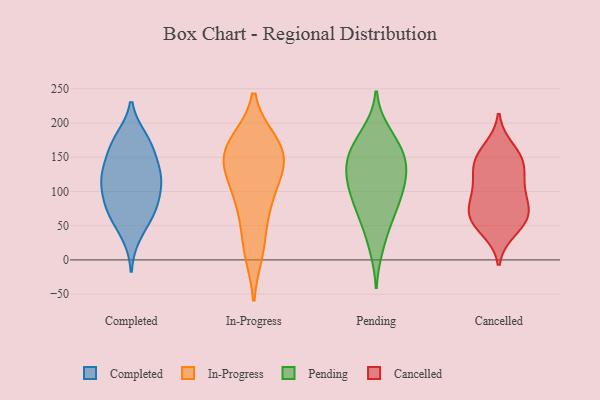
{"axis": {"x": "Satisfaction Score", "y": "Value"}, "legend": ["Cancelled", "Completed", "In-Progress", "Pending"], "data": [{"x": "", "y": 36, "type": "Completed"}, {"x": "", "y": 123, "type": "Completed"}, {"x": "", "y": 134, "type": "Completed"}, {"x": "", "y": 79, "type": "Completed"}, {"x": "", "y": 152, "type": "Completed"}, {"x": "", "y": 172, "type": "Completed"}, {"x": "", "y": 101, "type": "Completed"}, {"x": "", "y": 171, "type": "Completed"}, {"x": "", "y": 109, "type": "Completed"}, {"x": "", "y": 71, "type": "Completed"}, {"x": "", "y": 177, "type": "Completed"}, {"x": "", "y": 65, "type": "Completed"}, {"x": "", "y": 117, "type": "Completed"}, {"x": "", "y": 72, "type": "Completed"}, {"x": "", "y": 124, "type": "Completed"}, {"x": "", "y": 120, "type": "In-Progress"}, {"x": "", "y": 102, "type": "In-Progress"}, {"x": "", "y": 74, "type": "In-Progress"}, {"x": "", "y": 138, "type": "In-Progress"}, {"x": "", "y": 140, "type": "In-Progress"}, {"x": "", "y": 11, "type": "In-Progress"}, {"x": "", "y": 158, "type": "In-Progress"}, {"x": "", "y": 143, "type": "In-Progress"}, {"x": "", "y": 173, "type": "In-Progress"}, {"x": "", "y": 74, "type": "In-Progress"}, {"x": "", "y": 171, "type": "In-Progress"}, {"x": "", "y": 20, "type": "In-Progress"}, {"x": "", "y": 170, "type": "In-Progress"}, {"x": "", "y": 98, "type": "Pending"}, {"x": "", "y": 60, "type": "Pending"}, {"x": "", "y": 18, "type": "Pending"}, {"x": "", "y": 176, "type": "Pending"}, {"x": "", "y": 158, "type": "Pending"}, {"x": "", "y": 141, "type": "Pending"}, {"x": "", "y": 84, "type": "Pending"}, {"x": "", "y": 128, "type": "Pending"}, {"x": "", "y": 56, "type": "Pending"}, {"x": "", "y": 130, "type": "Pending"}, {"x": "", "y": 160, "type": "Pending"}, {"x": "", "y": 187, "type": "Pending"}, {"x": "", "y": 140, "type": "Pending"}, {"x": "", "y": 105, "type": "Pending"}, {"x": "", "y": 99, "type": "Pending"}, {"x": "", "y": 143, "type": "Cancelled"}, {"x": "", "y": 60, "type": "Cancelled"}, {"x": "", "y": 144, "type": "Cancelled"}, {"x": "", "y": 149, "type": "Cancelled"}, {"x": "", "y": 128, "type": "Cancelled"}, {"x": "", "y": 54, "type": "Cancelled"}, {"x": "", "y": 75, "type": "Cancelled"}, {"x": "", "y": 113, "type": "Cancelled"}, {"x": "", "y": 163, "type": "Cancelled"}, {"x": "", "y": 98, "type": "Cancelled"}, {"x": "", "y": 69, "type": "Cancelled"}, {"x": "", "y": 96, "type": "Cancelled"}, {"x": "", "y": 64, "type": "Cancelled"}, {"x": "", "y": 43, "type": "Cancelled"}]}